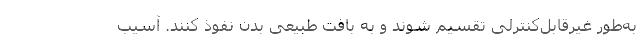
به‌طور غیرقابل‌کنترلی تقسیم شوند و به بافت طبیعی بدن نفوذ کنند. آسیب